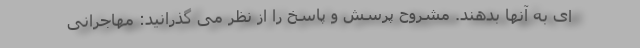
ای به آنها بدهند. مشروح پرسش و پاسخ را از نظر می گذرانید: مهاجرانی